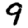
Digit: 9